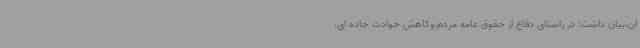
ان،بیان داشت: در راستای دفاع از حقوق عامه مردم،وکاهش حوادث جاده ای،